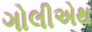
ગોલીએથ